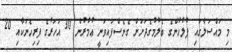
މި މައްސަލާގައި ފުލުހުންގެ ބެލުމުގެދަށަށް ގެނެސްފައިވަނީ ޢުމުރުން 30 އަހަރުގެ ފިރިހެނަކާއި 20